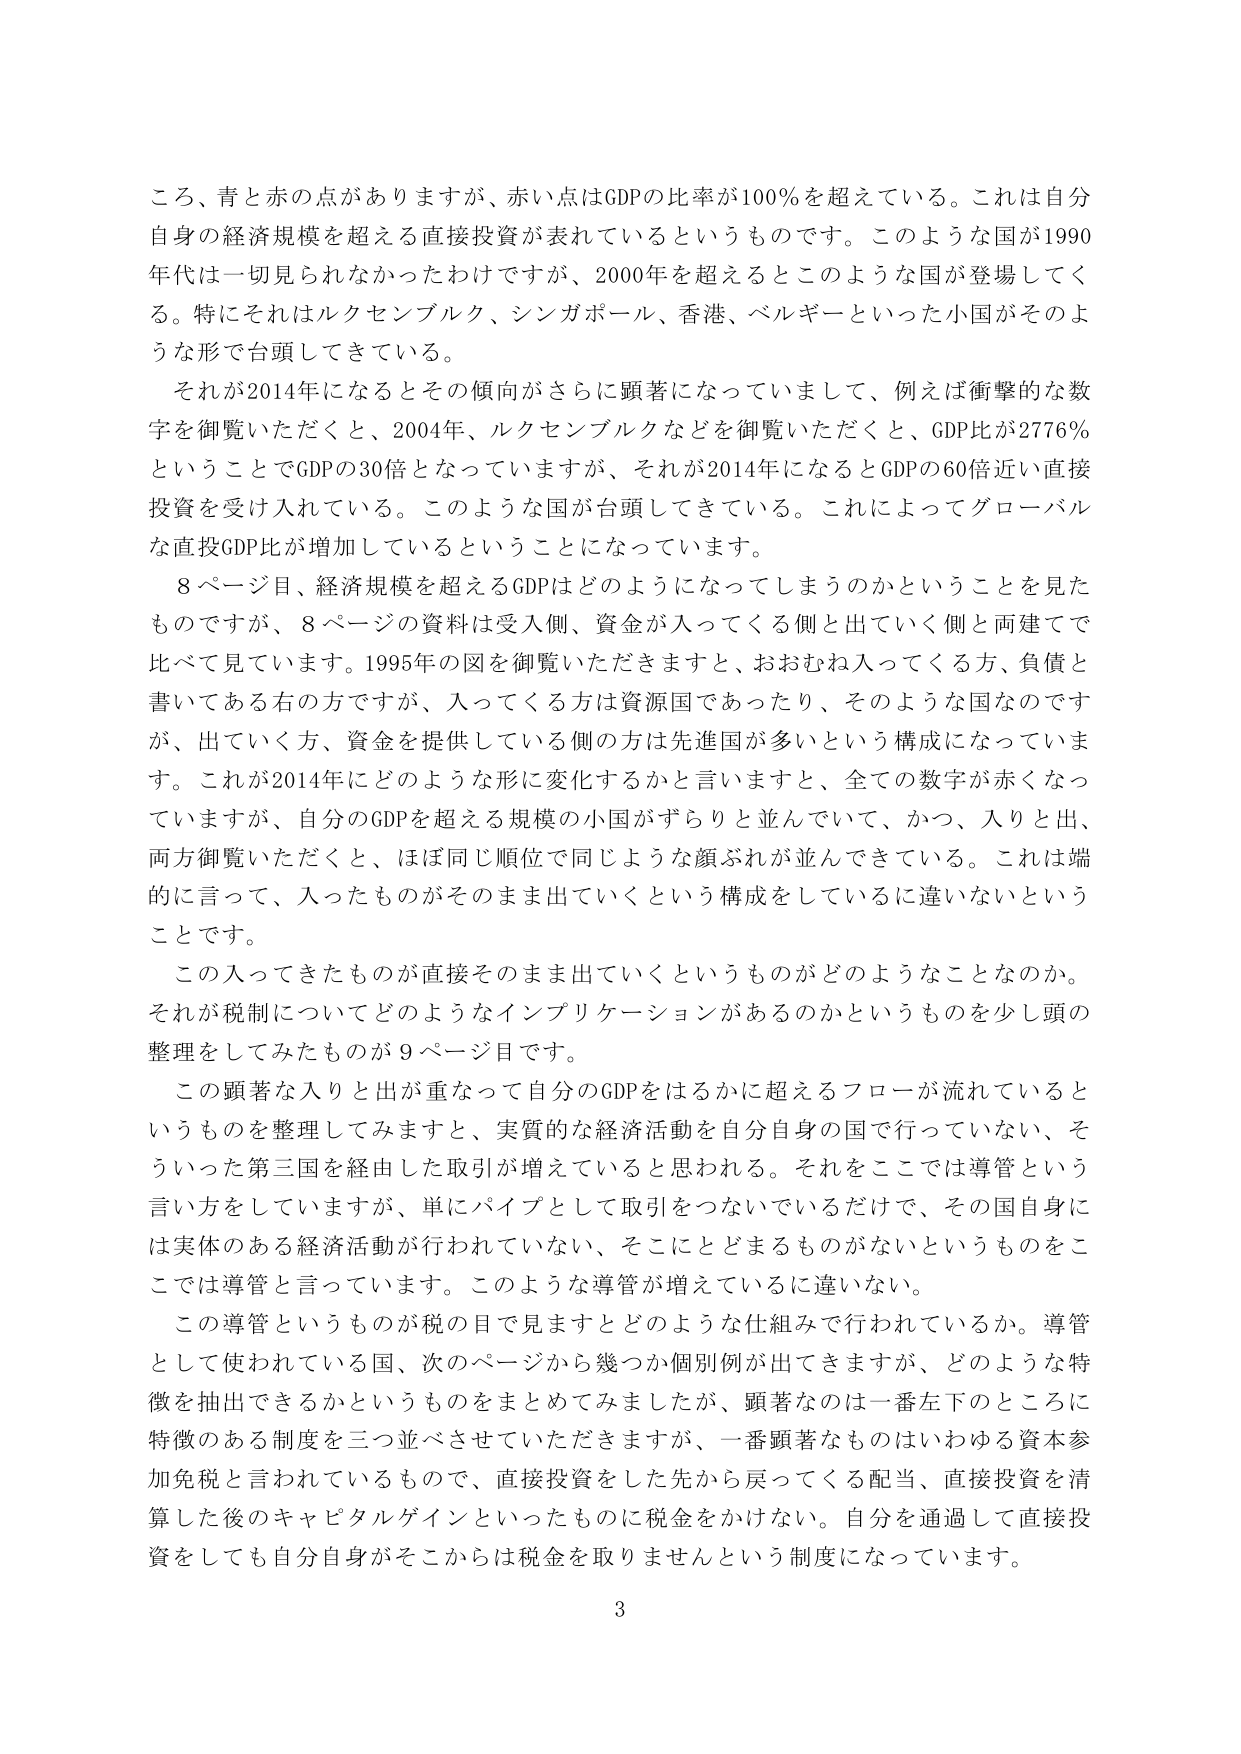
ころ、青と赤の点がありますが、赤い点はGDPの比率が100％を超えている。これは自分自身の経済規模を超える直接投資が表れているというものです。このような国が1990年代は一切見られなかったわけですが、2000年を超えるとこのような国が登場してくる。特にそれはルクセンブルク、シンガポール、香港、ベルギーといった小国がそのような形で台頭してきている。

それが2014年になるとその傾向がさらに顕著になっていまして、例えば衝撃的な数字を御覧いただくと、2004年、ルクセンブルクなどを御覧いただくと、GDP比が2776％ということでGDPの30倍となっていますが、それが2014年になるとGDPの60倍近い直接投資を受け入れている。このような国が台頭してきている。これによってグローバルな直接GDP比が増加しているということになっています。

8ページ目、経済規模を超えるGDPはどのようになってしまうのかということを見たものですが、8ページの資料は受入側、資金が入ってくる側と出ていく側と両建てで比べて見ています。1995年の図を御覧いただきますと、おおむね入ってくる方、負債と書いてある右の方ですが、入ってくる方は資源国であったり、そのような国なのですが、出ていく方、資金を提供している側の方は先進国が多いという構成になっています。これが2014年にどのような形に変化するかと言いますと、全ての数字が赤くなっていますが、自分のGDPを超える規模の小国がずらりと並んでいて、かつ、入りと出、両方御覧いただくと、ほぼ同じ順位で同じような顔ぶれが並んできている。これは端的に言って、入ったものがそのまま出ていくという構成をしているに違いないということです。

この入ってきたものが直接そのまま出ていくというものがどのようなことなのか。それが税制についてどのようなインプリケーションがあるのかというものを少し頭の整理をしてみたものが9ページ目です。

この顕著な入りと出が重なって自分のGDPをはるかに超えるフローが流れているというものを整理してみますと、実質的な経済活動を自分自身の国で行っていない、そういった第三国を経由した取引が増えていると思われる。それをここでは導管という言い方をしていますが、単にパイプとして取引をつないでいるだけで、その国自身には実体のある経済活動が行われていない、そこにどまるものがないというものをここでは導管と言っています。このような導管が増えているに違いない。

この導管というものが税の目で見ますとどのような仕組みで行われているか。導管として使われている国、次のページから幾つか個別例が出てきますが、どのような特徴を抽出できるかというものをまとめてみましたが、顕著なのは一番左下のところに特徴のある制度を三つ並べさせていただきますが、一番顕著なものはいわゆる資本参加免税と言われているもので、直接投資をした先から戻ってくる配当、直接投資を清算した後のキャピタルゲインといったものに税金をかけない。自分を通過して直接投資をしても自分自身がそこからは税金を取りませんという制度になっています。

3